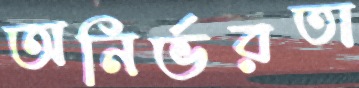
অনির্ভরতা